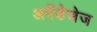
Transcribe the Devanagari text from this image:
अपेंडेजेज